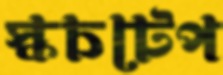
স্কচটেপ